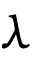
\lambda